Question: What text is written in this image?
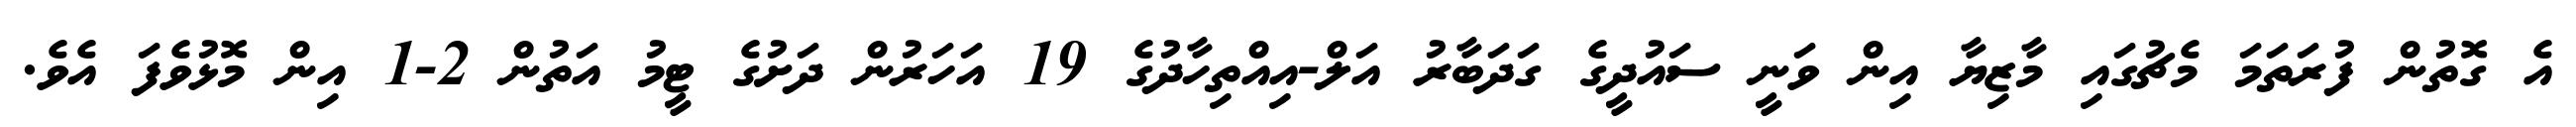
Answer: އެ ގޮތުން ފުރަތަމަ މެޗުގައި މާޒިޔާ އިން ވަނީ ސައުދީގެ ގަދަބާރު އަލް-އިއްތިހާދުގެ 19 އަހަރުން ދަށުގެ ޓީމު އަތުން 2-1 އިން މޮޅުވެފަ އެވެ.